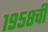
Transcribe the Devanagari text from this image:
१९५८ची